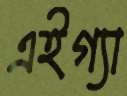
এইগ্যা